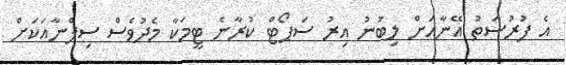
އެ ފުރުސަތު އޭނާއަށް ލިބުނު އިރު ސަޕޯޓް ކުރާނެ ޓީމަކާ މެދުވެސް ސިފްނާއަކަށް